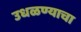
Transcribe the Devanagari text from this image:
उधळण्याचा